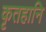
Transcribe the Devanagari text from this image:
कृतहानि